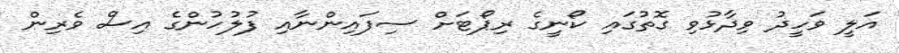
އަލީ ވަހީދު ވިދާޅުވި ގޮތުގައި ކޯނީގެ ރިޕޯޓަށް ސިފައިންނާއި ފުލުހުންގެ އިސް ވެރިން